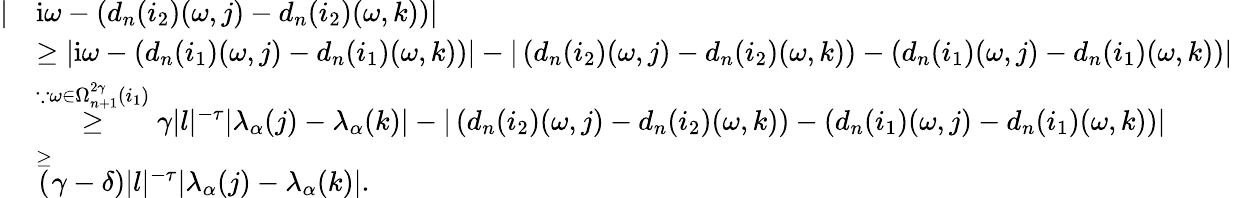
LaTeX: \begin{array}{rl}{|}&{\mathrm{i}\omega-(d_{n}(i_{2})(\omega,j)-d_{n}(i_{2})(\omega,k))|}\\ &{\ge|\mathrm{i}\omega-(d_{n}(i_{1})(\omega,j)-d_{n}(i_{1})(\omega,k))|-|\left(d_{n}(i_{2})(\omega,j)-d_{n}(i_{2})(\omega,k)\right)-\left(d_{n}(i_{1})(\omega,j)-d_{n}(i_{1})(\omega,k)\right)|}\\ &{\overset{\because\omega\in\Omega_{n+1}^{2\gamma}(i_{1})}\ge\gamma|l|^{-\tau}|\lambda_{\alpha}(j)-\lambda_{\alpha}(k)|-|\left(d_{n}(i_{2})(\omega,j)-d_{n}(i_{2})(\omega,k)\right)-\left(d_{n}(i_{1})(\omega,j)-d_{n}(i_{1})(\omega,k)\right)|}\\ &{\overset\ge(\gamma-\delta)|l|^{-\tau}|\lambda_{\alpha}(j)-\lambda_{\alpha}(k)|.}\end{array}